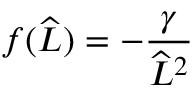
f ( \widehat { L } ) = - \frac { \gamma } { \widehat { L } ^ { 2 } }